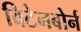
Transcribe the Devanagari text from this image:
विटेनबोर्न